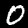
Digit: 0